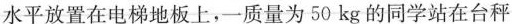
水平放置在电梯地板上，一质量为50kg的同学站在台秤